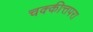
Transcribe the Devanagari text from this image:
चक्कीत्तपरा